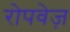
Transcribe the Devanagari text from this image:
रोपवेज़